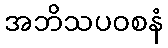
အဘိသပဝစနံ